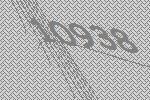
10938